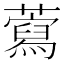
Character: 藛